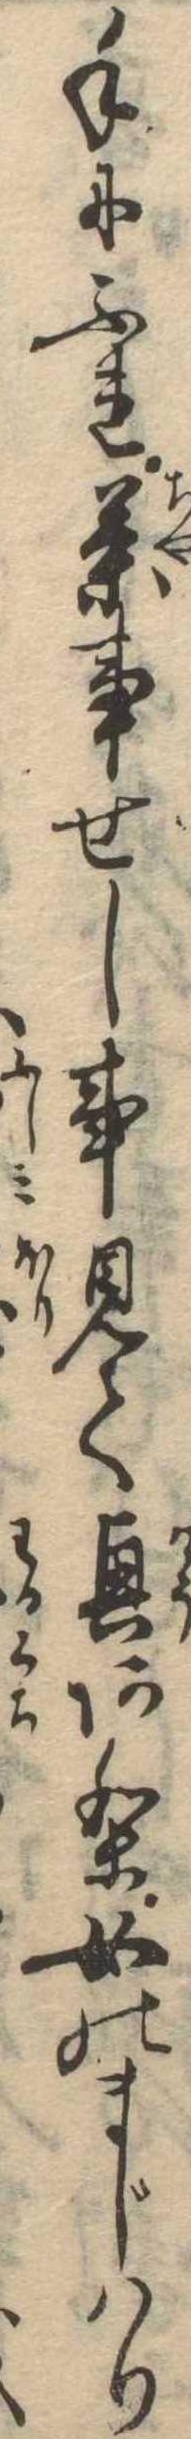
手にふれ茶事せし事見て興あり女のまじはり